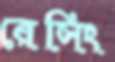
রেসিং